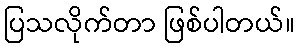
ပြသလိုက်တာ ဖြစ်ပါတယ်။